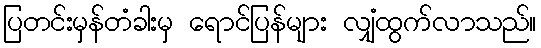
ပြတင်းမှန်တံခါးမှ ရောင်ပြန်များ လျှံထွက်လာသည်။